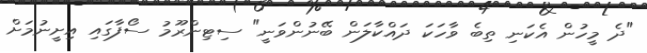
"ދެ މީހުން އެކަނި ތިބެ ވާހަކަ ދައްކާލަން ބޭނުންވަނީ" ސިޓިންރޫމު ސޯފާގައި އިށީނުމަށް